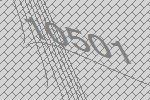
10501